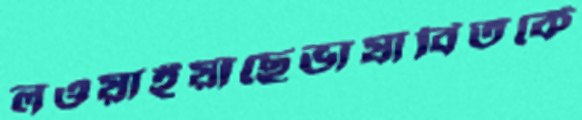
লওয়াইয়াছেভাষাবিতর্কে